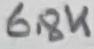
Text: 68K